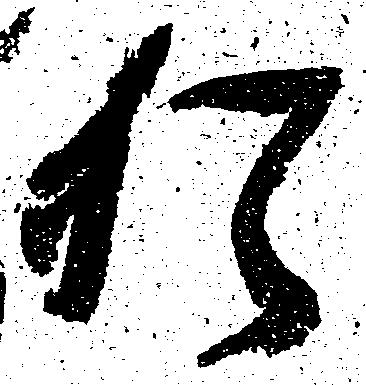
猶